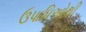
ઉપાધિઓથી